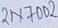
Text: 2N7002